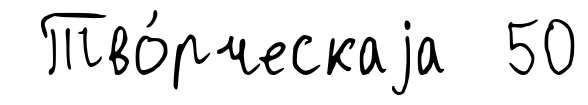
Тво́рческаjа 50